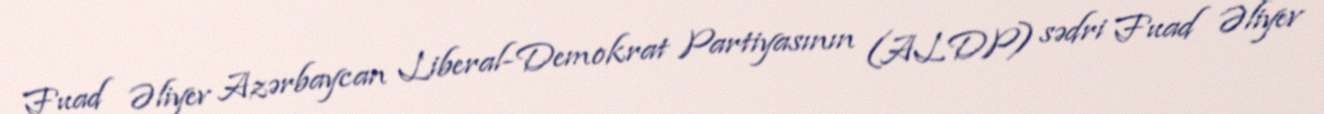
Fuad Əliyev Azərbaycan Liberal-Demokrat Partiyasının (ALDP) sədri Fuad Əliyev